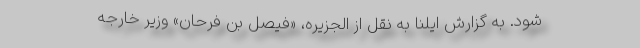
شود. به گزارش ایلنا به نقل از الجزیره، «فیصل بن فرحان» وزیر خارجه